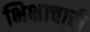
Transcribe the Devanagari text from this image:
भिक्षाचारी